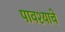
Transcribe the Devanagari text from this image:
पावश्याचे